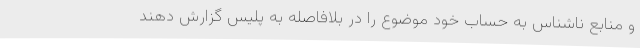
و منابع ناشناس به حساب خود موضوع را در بلافاصله به پلیس گزارش دهند